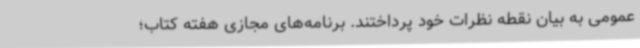
عمومی به بیان نقطه نظرات خود پرداختند. برنامه‌های مجازی هفته کتاب؛